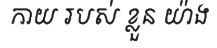
កាយ របស់ ខ្លួន យ៉ាង